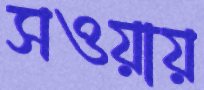
সওয়ায়